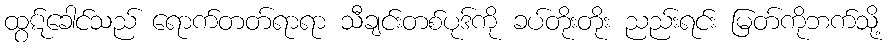
ထွဋ်ခေါင်သည် ရောက်တတ်ရာရာ သီချင်းတစ်ပုဒ်ကို ခပ်တိုးတိုး ညည်းရင်း မြတ်ကိုဘက်သို့